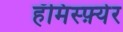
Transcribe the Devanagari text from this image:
हॅमिस्फ़्येर